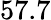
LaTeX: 57.7